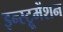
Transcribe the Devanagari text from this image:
इन्‍स्ट्रूमेंशन